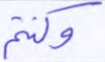
وكنتم